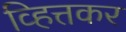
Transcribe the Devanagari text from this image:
व्हित्तकर